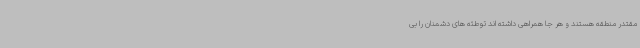
مقتدر منطقه هستند و هر جا همراهی داشته اند توطئه های دشمنان را بی